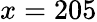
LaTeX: x=205